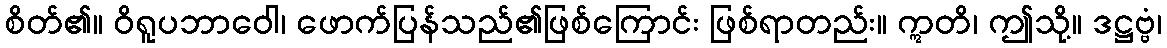
စိတ်၏။ ဝိရူပဘာဝေါ၊ ဖောက်ပြန်သည်၏ဖြစ်ကြောင်း ဖြစ်ရာတည်း။ ဣတိ၊ ဤသို့။ ဒဋ္ဌဗ္ဗံ၊